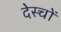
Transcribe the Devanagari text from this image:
देस्चों